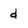
Character: d